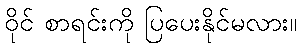
ဝိုင် စာရင်းကို ပြပေးနိုင်မလား။